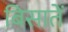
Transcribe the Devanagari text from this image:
बिसातें